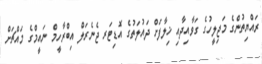
ރައްޔިތުންގެ މަޖިލީހުގެ ގަވާއިދާއި ޚިލާފަށް ދައުލަތުގެ އޮޑިޓަރ ޖެނެރަލް އިބްރާހީމް ނައީމްގެ މައްޗަށް